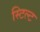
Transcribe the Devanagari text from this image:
स्टिल्ट